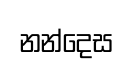
නන්දෙස